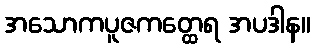
အသောကပူဇကတ္ထေရ အပဒါန။